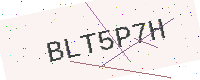
Text: BLT5P7H